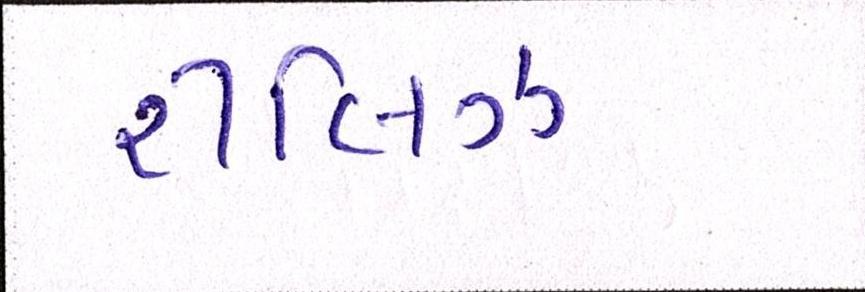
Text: રીલિઝ